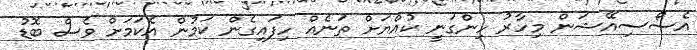
އެސޯސިއޭޝަން މިހާރު ހިންގަނީ ކުއްޔަށް ތަނެއް ހިފައިގެން ކަމުން އެކަމަށް ވެސް ބޮޑު